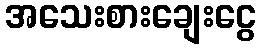
အသေးစားချေးငွေ